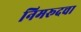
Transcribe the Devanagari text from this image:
निमरूदचा